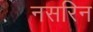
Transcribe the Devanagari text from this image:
नसरिन